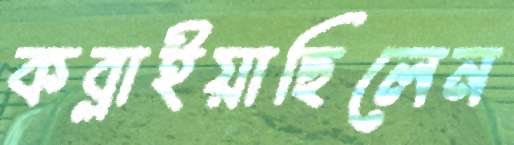
কব্‌লাইয়াছিলেন